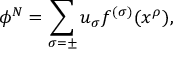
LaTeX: \phi ^ { N } = \sum _ { \sigma = \pm } u _ { \sigma } f ^ { ( \sigma ) } ( x ^ { \rho } ) ,